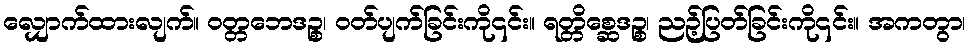
လျှောက်ထားလျက်။ ဝတ္တဘေဒဉ္စ၊ ဝတ်ပျက်ခြင်းကို၎င်း။ ရတ္တိစ္ဆေဒဉ္စ၊ ညဉ့်ပြတ်ခြင်းကို၎င်း။ အကတွာ၊